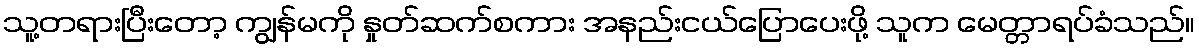
သူ့တရားပြီးတော့ ကျွန်မကို နှုတ်ဆက်စကား အနည်းငယ်ပြောပေးဖို့ သူက မေတ္တာရပ်ခံသည်။